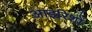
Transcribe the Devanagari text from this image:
आइरिशों